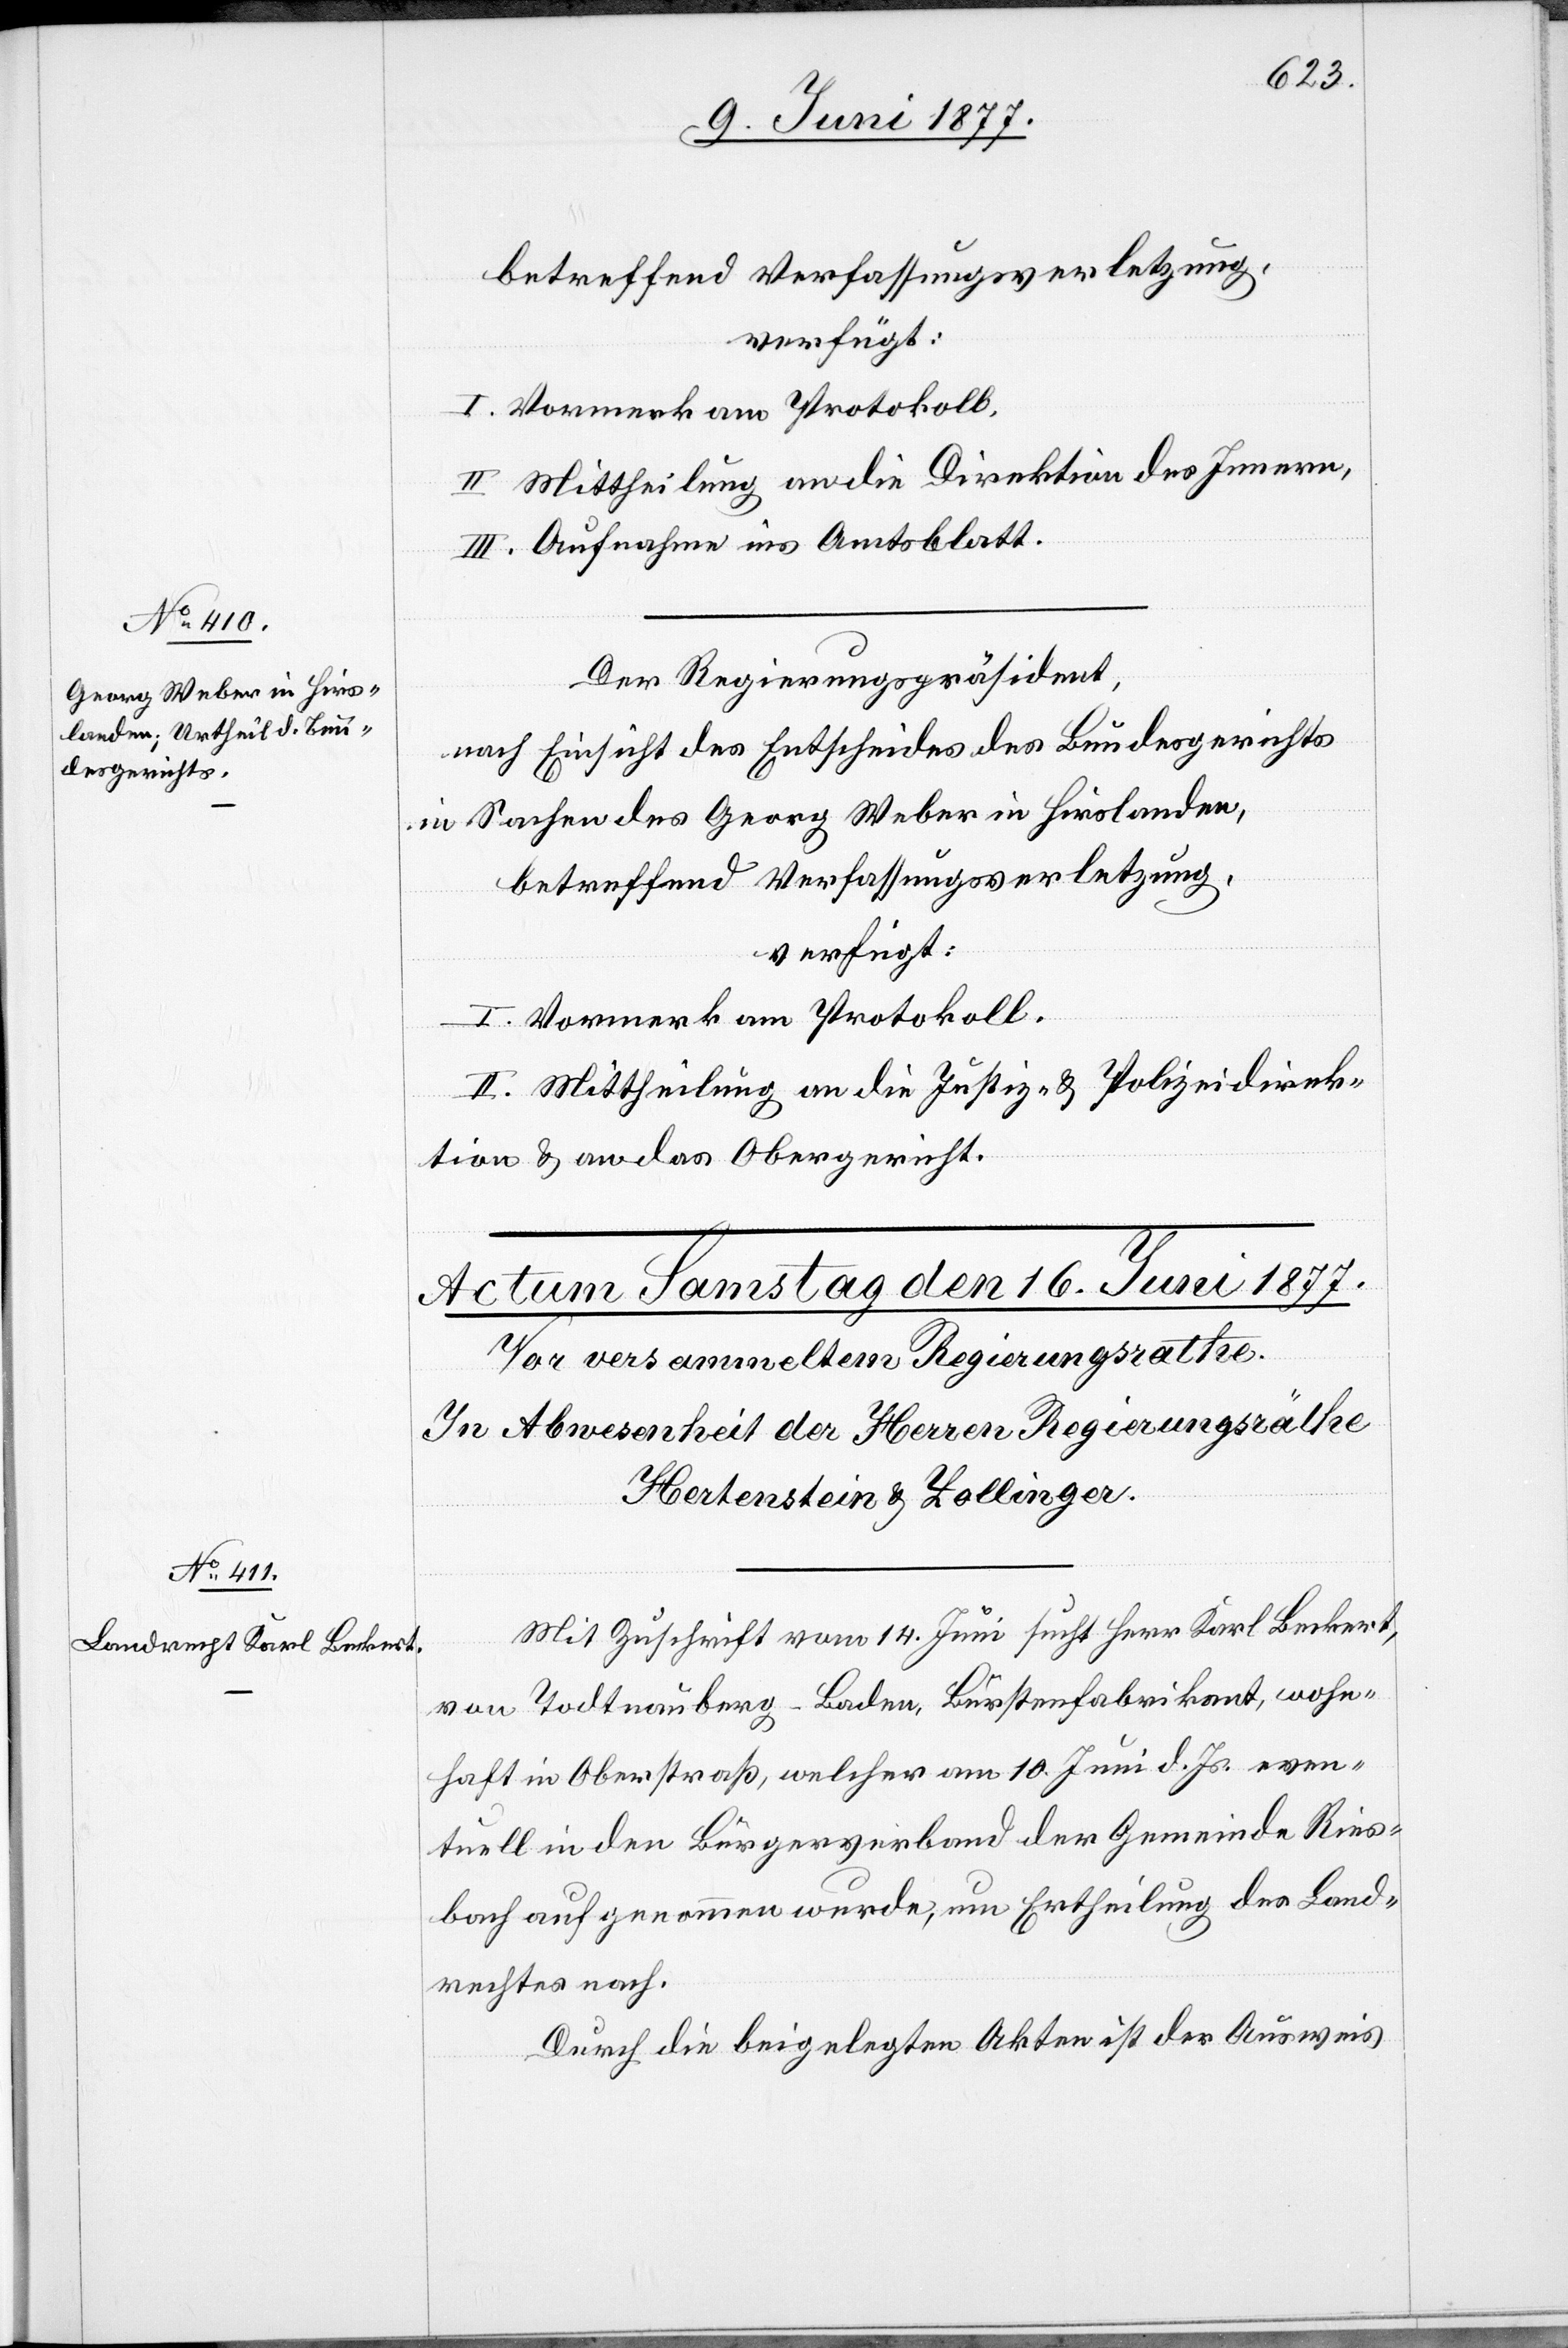
12. Juni 1877.]
betreffend Verfassungsverletzung,
verfügt:
I. Vormerk am Protokoll.
II. Mittheilung an die Direktion des Innern.
III. Aufnahme ins Amtsblatt.
Der Regierungspräsident
nach Einsicht des Entscheides des Bundesgerichts
in Sachen des Georg Weber von Hirslanden,
betreffend Verfassungsverletzung,
verfügt:
I. Vormerk am Protokoll.
II. Mittheilung an die Justiz- & Polizeidirek¬
tion & an das Obergericht.
Mit Zuschrift vom 14. Juni sucht Herr Karl Beckert,
von Todtnauberg - Baden, Bürstenfabrikant, wohn¬
haft in Oberstraß, welcher am 10. Juni d. Js. even¬
tuell in den Bürgerrechtsverband der Gemeinde Ries¬
bach aufgenommen wurde, um Ertheilung des Land¬
rechtes nach.
Durch die beigelegten Akten ist der Ausweis